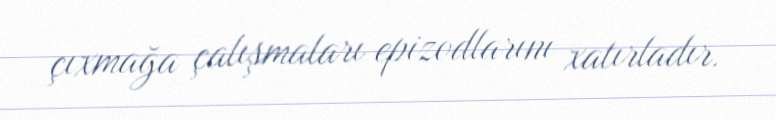
çıxmağa çalışmaları epizodlarını xatırladır.